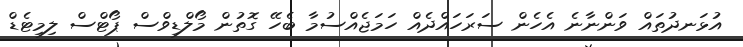
އުޅަނދުތައް ވަންނާނެ އެހެން ސަރަހައްދެއް ހަމަޖެއްސުމާ ބެހޭ ގޮތުން މޯލްޑިވްސް ޕޯޓްސް ލިމިޓެޑް